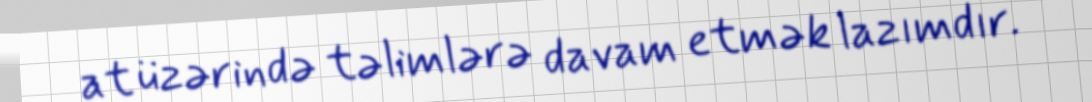
at üzərində təlimlərə davam etmək lazımdır.